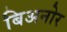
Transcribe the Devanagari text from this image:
बिअनोर